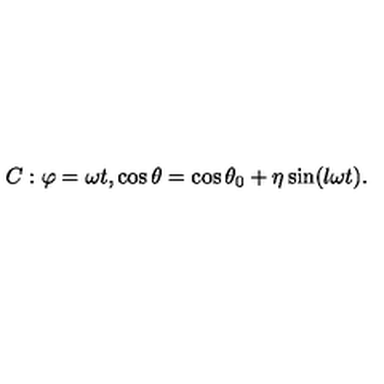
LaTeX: C : \varphi = \omega t , \cos \theta = \cos \theta _ { 0 } + \eta \sin ( l \omega t ) .